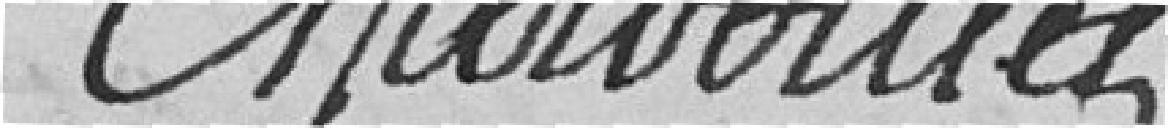
Chardouillet